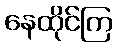
နေထိုင်ကြ